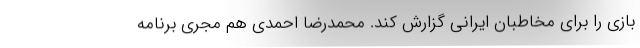
بازی را برای مخاطبان ایرانی گزارش کند. محمدرضا احمدی هم مجری برنامه